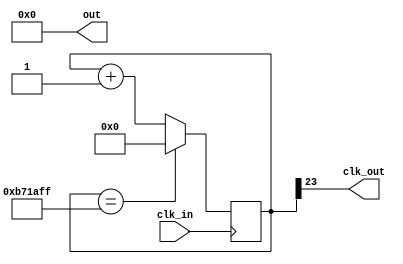
module divM(input wire clk_in, output wire clk_out, output reg [3:0] out = 0);
  parameter BITS = 12_000_000;
  //-- Numero de bits para almacenar el divisor
  //-- Se calculan con la funcion de verilog $clog2, que nos devuelve el
  //-- numero de bits necesarios para representar el numero M
  //-- Es un parametro local, que no se puede modificar al instanciar
  localparam N = $clog2(BITS);

  //-- Registro para implementar el contador modulo M
  reg [N-1:0] divcounter = 0;

  //-- Modulus 3 counter
  always @(posedge clk_in) begin
    divcounter <= (divcounter == BITS - 1) ? 0 : divcounter + 1;
  end

  //Take out MSB
  assign clk_out = divcounter[N-1];

endmodule